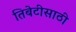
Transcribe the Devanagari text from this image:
तिबेटीसाठी